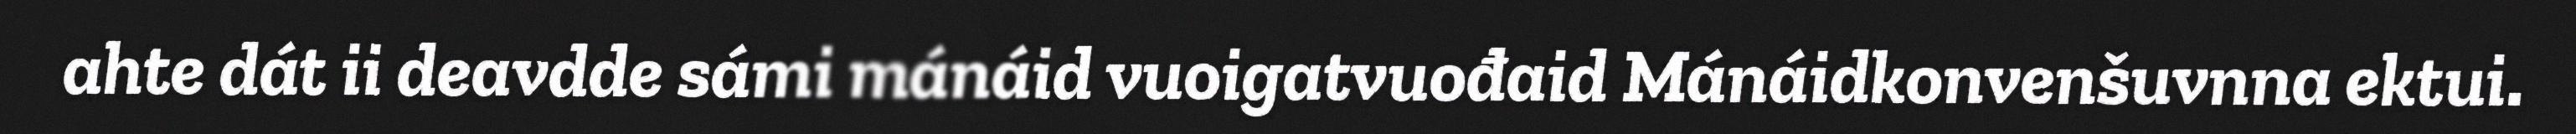
ahte dát ii deavdde sámi mánáid vuoigatvuođaid Mánáidkonvenšuvnna ektui.